Report on vaccination in the Province of Bengal - 1874-1889
Year: 1874
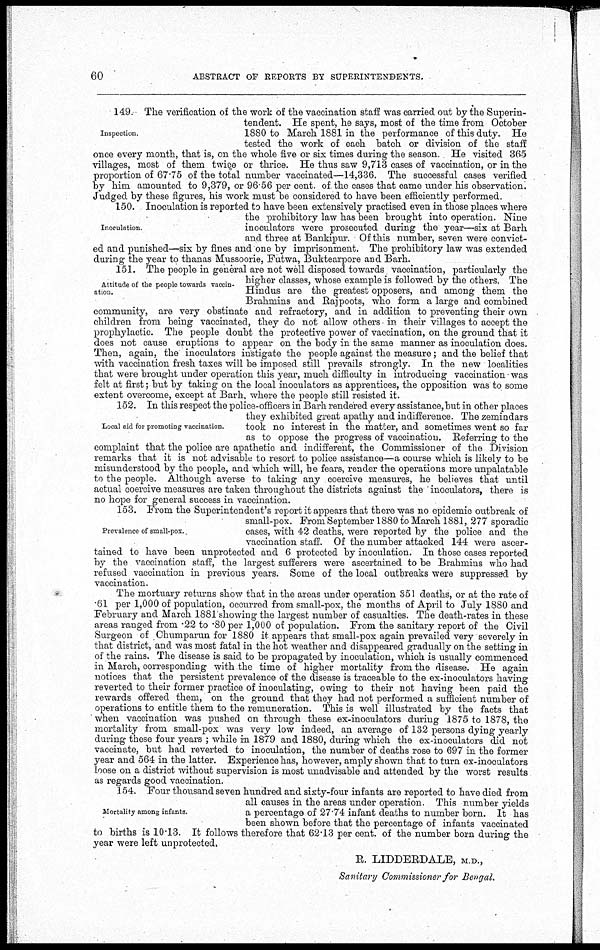
60
ABSTRACT OF REPORTS BY SUPERINTENDENTS.
Inspection.
149. The verification of the work of the vaccination staff was carried out by the Superin-
tendent. He spent, he says, most of the time from October
1880 to March 1881 in the performance of this duty. He
tested the work of each batch or division of the staff
once every month, that is, on the whole five or six times during the season. He visited 365
villages, most of them twice or thrice. He thus saw 9,713 cases of vaccination, or in the
proportion of 67.75 of the total number vaccinated—14,336. The successful cases verified
by him amounted to 9,379, or 96 56 per cent. of the cases that came under his observation.
Judged by these figures, his work must be considered to have been efficiently performed.
Inoculation
150. Inoculation is reported to have been extensively practised even in those places where
the prohibitory law has been brought into operation. Nine
inoculators were prosecuted during the year—six at Barh
and three at Bankipur. Of this number, seven were convict-
ed and punished—six by fines and one by imprisonment. The prohibitory law was extended
during the year to thanas Mussoorie, Futwa, Buktearpore and Barh.
Attitude of the people towards vaccin-
ation.
151. The people in general are not well disposed towards vaccination, particularly the
higher classes, whose example is followed by the others. The
Hindus are the greatest opposers, and among them the
Brahmins and Rajpoots, who form a large and combined
community, are very obstinate and refractory, and in addition to preventing their own
children from being vaccinated, they do not allow others in their villages to accept the
prophylactic. The people doubt the protective power of vaccination, on the ground that it
does not cause eruptions to appear on the body in the same manner as inoculation does.
Then, again, the inoculators instigate the people against the measure; and the belief that
with vaccination fresh taxes will be imposed still prevails strongly. In the new localities
that were brought under operation this year, much difficulty in introducing vaccination was
felt at first; but by taking on the local inoculators as apprentices, the opposition was to some
extent overcome, except at Barh, where the people still resisted it.
Local aid for promoting vaccination.
152. In this respect the police-officers in Barh rendered every assistance, but in other places
they exhibited great apathy and indifference The zemindars
took no interest in the matter, and sometimes went so far
as to oppose the progress of vaccination. Referring to the
complaint that the police are apathetic and indifferent, the Commissioner of the Division
remarks that it is not advisable to resort to police assistance—a course which is likely to be
misunderstood by the people, and which will, be fears, render the operations more unpalatable
to the people. Although averse to taking any coercive measures, he believes that until
actual coercive measures are taken throughout the districts against the inoculators, there is
no hope for general success in vaccination.
Prevalence of small-pox.
153. From the Superintendent's report it appears that there was no epidemic outbreak of
small-pox. From September 1880 to March 1881, 277 sporadic
cases, with 42 deaths, were reported by the police and the
vaccination staff. Of the number attacked 144 were ascer-
tained to have been unprotected and 6 protected by inoculation. In those cases reported
by the vaccination staff, the largest sufferers were ascertained to be Brahmins who had
refused vaccination in previous years. Some of the local outbreaks were suppressed by
vaccination.
The mortuary returns show that in the areas under operation 351 deaths, or at the rate of
.61 per 1,000 of population, occurred from small-pox, the months of April to July 1880 and
February and March 1881 showing the largest number of casualties. The death-rates in these
areas ranged from .22 to .80 per 1,000 of population. From the sanitary report of the Civil
Surgeon of Chumparun for 1880 it appears that small-pox again prevailed very severely in
that district, and was most fatal in the hot weather and disappeared gradually on the setting in
of the rains. The disease is said to be propagated by inoculation, which is usually commenced
in March, corresponding with the time of higher mortality from the disease. He again
notices that the persistent prevalence of the disease is traceable to the ex-inoculators having
reverted to their former practice of inoculating, owing to their not having been paid the
rewards offered them, on the ground that they had not performed a sufficient number of
operations to entitle them to the remuneration. This is well illustrated by the facts that
when vaccination was pushed on through these ex-inoculators during 1875 to 1878, the
mortality from small-pox was very low indeed, an average of 132 persons dying yearly
during these four years ; while in 1879 and 1880, during which the ex-inoculators did not
vaccinate, but had reverted to inoculation, the number of deaths rose to 697 in the former
year and 564 in the latter. Experience has, however, amply shown that to turn ex-inoculators
loose on a district without supervision is most unadvisable and attended by the worst results
as regards good vaccination.
Mortality among infants.
154. Four thousand seven hundred and sixty-four infants are reported to have died from
all causes in the areas under operation. This number yields
a percentage of 27.74 infant deaths to number born. It has
been shown before that the percentage of infants vaccinated
to births is 10.13. It follows therefore that 62.13 per cent. of the number born during the
year were left unprotected.
R. LIDDERDALE, M.D.,
Sanitary Commissioner for Bengal.